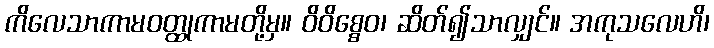
ကိလေသာကာမဝတ္ထုကာမတို့မှ။ ဝိဝိစ္စေဝ၊ ဆိတ်၍သာလျှင်။ အကုသလေဟိ၊